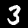
Digit: 3